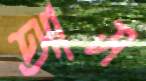
আস